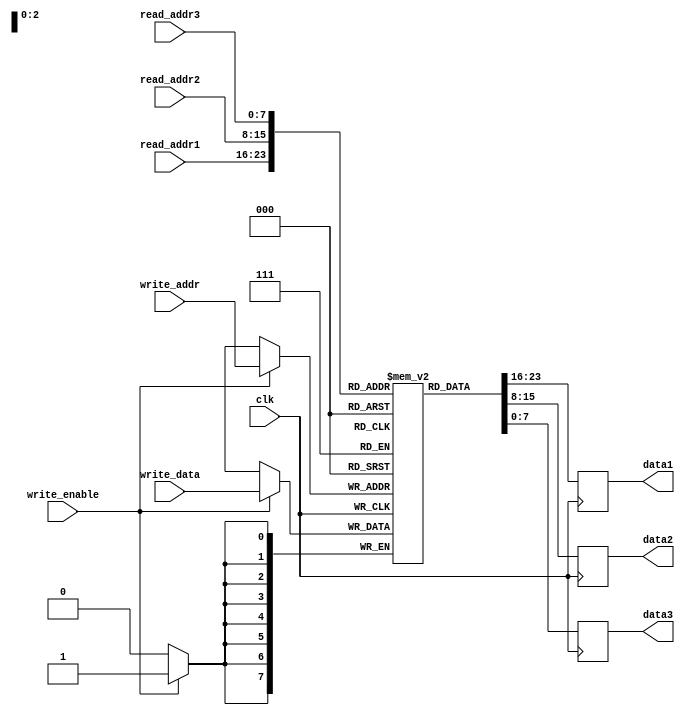
module register_file (
  input wire clk,
  input wire [7:0] read_addr1,
  input wire [7:0] read_addr2,
  input wire [7:0] read_addr3,
  input wire [7:0] write_addr,
  input wire [7:0] write_data,
  input wire write_enable,
  output reg [7:0] data1,
  output reg [7:0] data2,
  output reg [7:0] data3
);

reg [7:0] mem_block [0:255];

always @(posedge clk) begin
  if (write_enable) begin
    mem_block[write_addr] <= write_data;
  end
  data1 <= mem_block[read_addr1];
  data2 <= mem_block[read_addr2];
  data3 <= mem_block[read_addr3];
end

endmodule